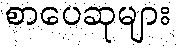
စာပေဆုများ